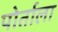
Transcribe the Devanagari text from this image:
पोर्ताला